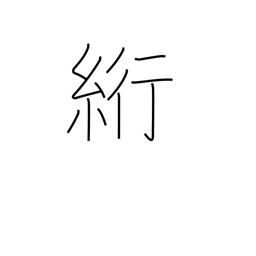
Meaning: blindstitch